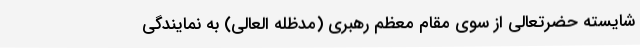
شایسته حضرتعالی از سوی مقام معظم رهبری (مدظله العالی) به نمایندگی